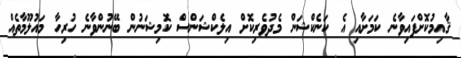
ޤާއިމުކޮށްފައިވާނެ ކަމަށާއި އެ ކަނެކްޝަން މެދުވެރިކޮށް އިލެކްޝަންސް ކޮމިޝަނުން ބޭނުންވާނެ ހުރިހާ މައުލޫމާތެއް